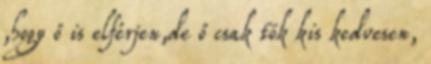
,hogy ő is elférjen,de ő csak tök kis kedvesen,